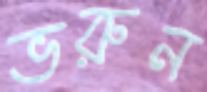
ভরুন